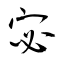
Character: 宓